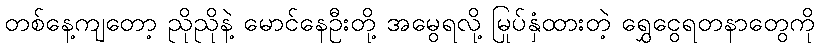
တစ်နေ့ကျတော့ ညိုညိုနဲ့ မောင်နေဦးတို့ အမွေရလို့ မြုပ်နှံထားတဲ့ ရွှေငွေရတနာတွေကို